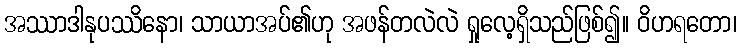
အဿာဒါနုပဿိနော၊ သာယာအပ်၏ဟု အဖန်တလဲလဲ ရှုလေ့ရှိသည်ဖြစ်၍။ ဝိဟရတော၊